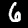
Digit: 6